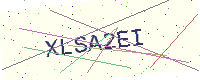
Text: XLSA2EI